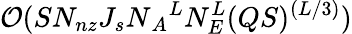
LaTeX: \mathcal{O}(SN_{nz}J_{s}N{_A}^{L}N_{E}^{L}(QS)^{(L/3)})